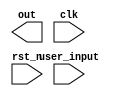
//FSM with combined next state and output logic
module fsm(out, user_input, clk, rst_n);

input [2:0] user_input;
input clk, rst_n;
output reg [2:0] out;
reg [1:0] state_reg,state_next;

//sequential part
always @ (posedge clk or negedge rst_n )
    begin
        if (!rst_n)
        state_reg <= 2'h0;
        else
        state_reg <= state_next;
    end

//next state and output logic
//-copilot next line-


endmodule